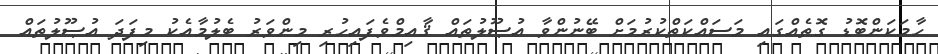
ހާމަކަންބޮޑު ގޮތެއްގައި މަސައްކަތްކުރުމަށް ބޭނުންވާ އުޞޫލުތައް ޤާއިމްވެފައިހުރި މިންވަރު ބެލުމާއެކު މިފަދަ އުޞޫލުތައް